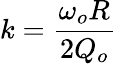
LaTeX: k={\frac{\omega_{o}R}{2Q_{o}}}